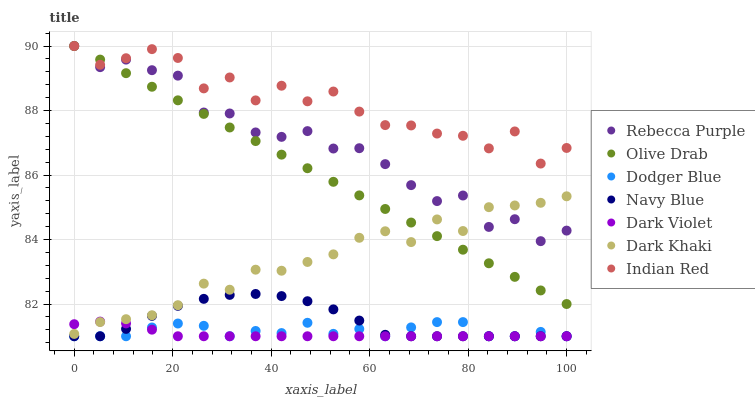
| xaxis_label | Rebecca Purple | Olive Drab | Dodger Blue | Navy Blue | Dark Violet | Dark Khaki | Indian Red |
 | --- | --- | --- | --- | --- | --- | --- | --- |
 | 0 | 90 | 90 | 81 | 81 | 81.4 | 81.1 | 90 |
 | 5.26 | 89.3 | 89.6 | 81 | 81 | 81.5 | 81.4 | 89.4 |
 | 10.5 | 89.6 | 89.2 | 81 | 81.2 | 81.4 | 81.5 | 89.6 |
 | 15.8 | 89.3 | 88.7 | 81.3 | 81.6 | 81.2 | 81.7 | 89.9 |
 | 21.1 | 89.1 | 88.3 | 81.4 | 81.9 | 81 | 82 | 89.6 |
 | 26.3 | 87.9 | 87.9 | 81.3 | 82.2 | 81 | 82.6 | 88.7 |
 | 31.6 | 87.9 | 87.5 | 81 | 82.3 | 81 | 82.4 | 89 |
 | 36.8 | 87.3 | 87.1 | 81.2 | 82.3 | 81 | 83.1 | 88.3 |
 | 42.1 | 87.2 | 86.6 | 81.1 | 82.2 | 81 | 83 | 88.8 |
 | 47.4 | 87.4 | 86.2 | 81.4 | 82.1 | 81 | 83.3 | 88.3 |
 | 52.6 | 86.8 | 85.8 | 81.1 | 81.8 | 81 | 83.5 | 88.6 |
 | 57.9 | 86.8 | 85.4 | 81.2 | 81.5 | 81 | 84.1 | 88 |
 | 63.2 | 86.3 | 84.9 | 81 | 81 | 81 | 84.3 | 87.5 |
 | 68.4 | 85.7 | 84.5 | 81.3 | 81 | 81 | 83.9 | 87.5 |
 | 73.7 | 85.2 | 84.1 | 81.4 | 81 | 81 | 84.6 | 87.3 |
 | 78.9 | 85.4 | 83.7 | 81.4 | 81 | 81 | 84.3 | 87.2 |
 | 84.2 | 84.4 | 83.3 | 81 | 81 | 81 | 85 | 86.8 |
 | 89.5 | 84.6 | 82.8 | 81 | 81 | 81 | 85.1 | 87.4 |
 | 94.7 | 83.9 | 82.4 | 81.1 | 81 | 81 | 85.1 | 86.4 |
 | 100 | 84.3 | 82 | 81 | 81 | 81 | 85.3 | 86.8 |